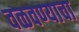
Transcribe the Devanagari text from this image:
वळवण्याचा